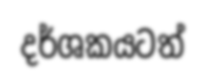
දර්ශකයටත්